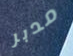
مدبر